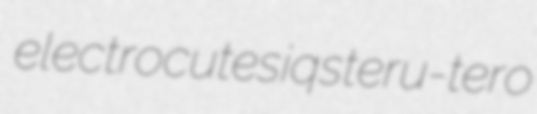
electrocutes iqs teru-tero